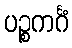
ပဉ္စကင်္ဂံ